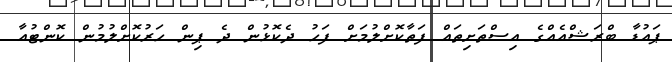
ޕައުޑާ ބްރަޝްއެއްގެ އިސްތަށިތައް ފަތާކޮށްލުމަށް ފަހު ދެކޮޅުން ދެ ޕިން ހަރުކޮށްލުމުން ކޮންޓުއާ